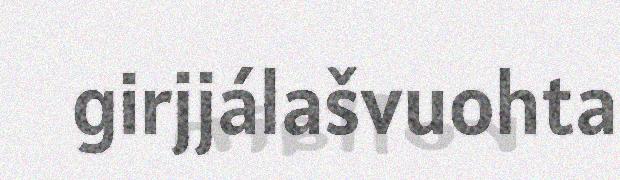
girjjálašvuohta